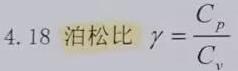
4.18 泊松比 $\gamma=\frac{C_{p}}{C_{v}}$